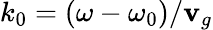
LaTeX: k_{0}=(\omega-\omega_{0})/\mathbf{v}_{g}